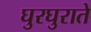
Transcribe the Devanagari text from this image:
घुरघुराते